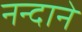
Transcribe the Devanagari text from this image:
नन्दाने